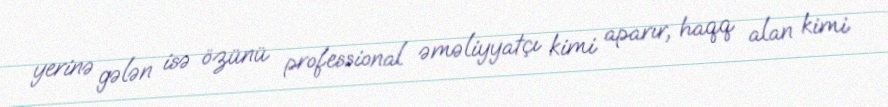
yerinə gələn isə özünü professional əməliyyatçı kimi aparır, haqq alan kimi